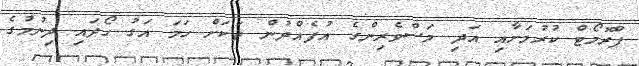
ޕްރޮމޯޓް ކުރުމަށާއި އަދި މަސްވެރިންގެ އުފެއްދުން ތަކަށް ހަމަ އަގު ހޯދައި ދިނުމުގެ